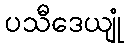
ပသီဒေယျုံ